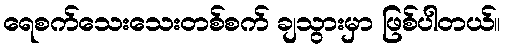
ရေစက်သေးသေးတစ်စက် ချသွားမှာ ဖြစ်ပါတယ်။